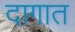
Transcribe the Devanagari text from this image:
दागात